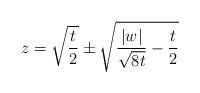
LaTeX: \begin{align*}z=\sqrt{\frac{t}{2}}\pm\sqrt{\frac{|w|}{\sqrt{8t}}-\frac{t}{2}}\end{align*}